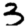
Digit: 3